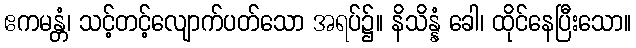
ဧကမန္တံ၊ သင့်တင့်လျောက်ပတ်သော အရပ်၌။ နိသိန္နံ ခေါ၊ ထိုင်နေပြီးသော။